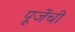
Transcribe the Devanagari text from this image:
पूजेंची